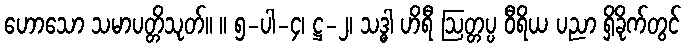
ဟောသော သမာပတ္တိသုတ်။ ။ ၅-ပါ-၄၊ ဋ္ဌ-၂၊ သဒ္ဓါ ဟိရီ ဩတ္တပ္ပ ဝီရိယ ပညာ ရှိခိုက်တွင်